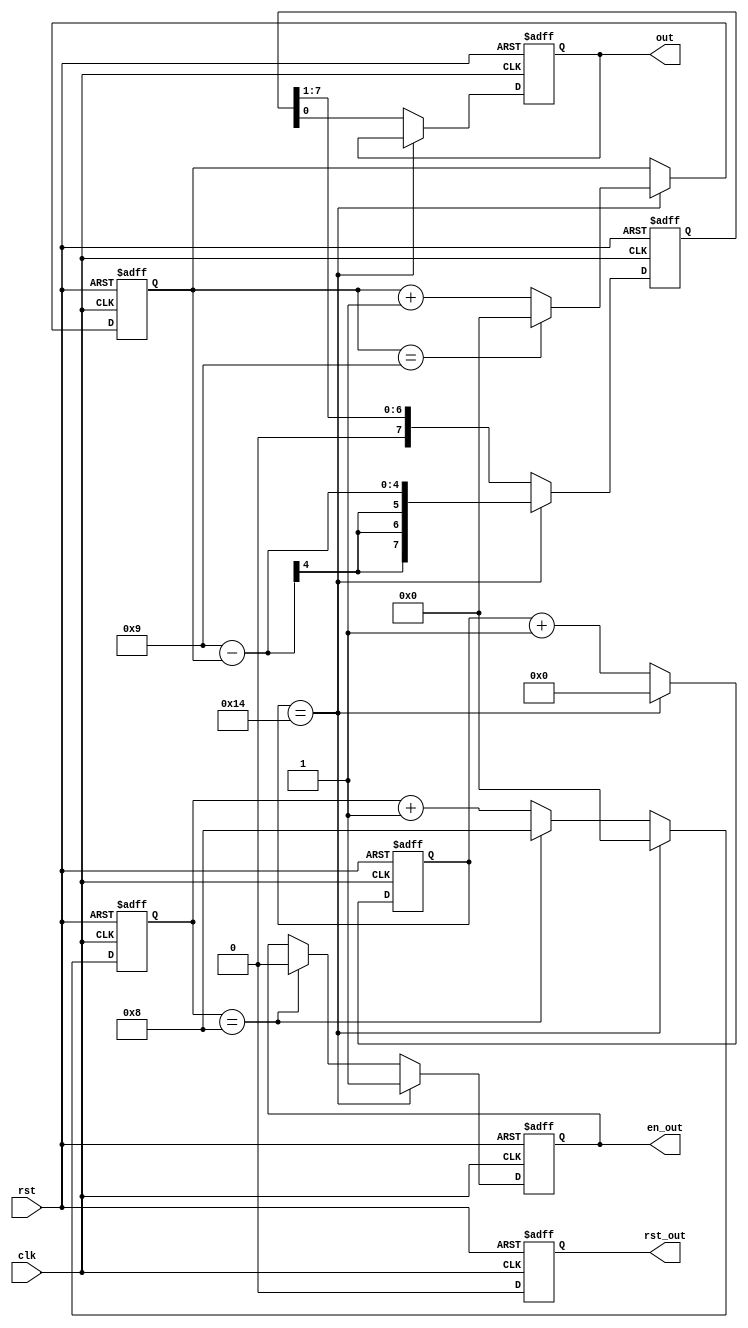
module timer1(input clk,
             input rst,
             output reg out,
             output reg en_out,
             output reg rst_out);

reg [25:0] slow_clk;
reg [3:0] countsec;
reg [7:0] out_r;
wire en;
reg [3:0] cnt;  
  
assign en = (slow_clk ==26'd20);
 
always @ (posedge clk or posedge rst) begin 
      if (rst) begin 
          slow_clk <= 26'd20;
          rst_out <= 1'b1;
      end
      else begin 
        rst_out <= 1'b0;
        if (en) slow_clk <= 26'b0;
        else  slow_clk <= slow_clk + 26'b1;
      end
end
  
always @ (posedge clk or posedge rst) begin
    if(rst) begin 
      out <= 1'b0;
      out_r <= 8'b0;
      en_out <= 1'b0;
      cnt <= 4'b0;
      countsec <=4'b0;
    end
    else 
    begin 
    if (en )
	    
            begin
            countsec <= countsec + 4'd1;
	    if(countsec == 4'd9)
            countsec<=0;
            out_r <= (9-countsec);
            en_out <= 1'b1;
            cnt <= 4'b0;
            end
            else begin 
            cnt <= cnt + 1'b1;
            out <= out_r[0];
            out_r <= (out_r >> 8'b1);
            if (cnt == 4'b1000) begin
                  en_out <= 1'b0;
                  cnt <= 4'b1000;
            end
            end
       
       end
    
end
  
endmodule